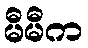
မီမီက